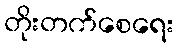
တိုးတက်စေရေး